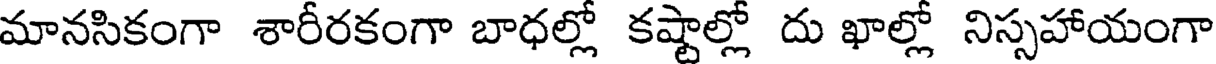
మానసికంగా శారీరకంగా బాధల్లో కష్టాల్లో దు ఖాల్లో నిస్సహాయంగా